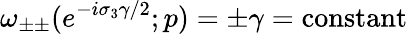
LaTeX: \omega_{\pm\pm}(e^{-i\sigma_{3}\gamma/2};p)=\pm\gamma=\mathrm{constant}